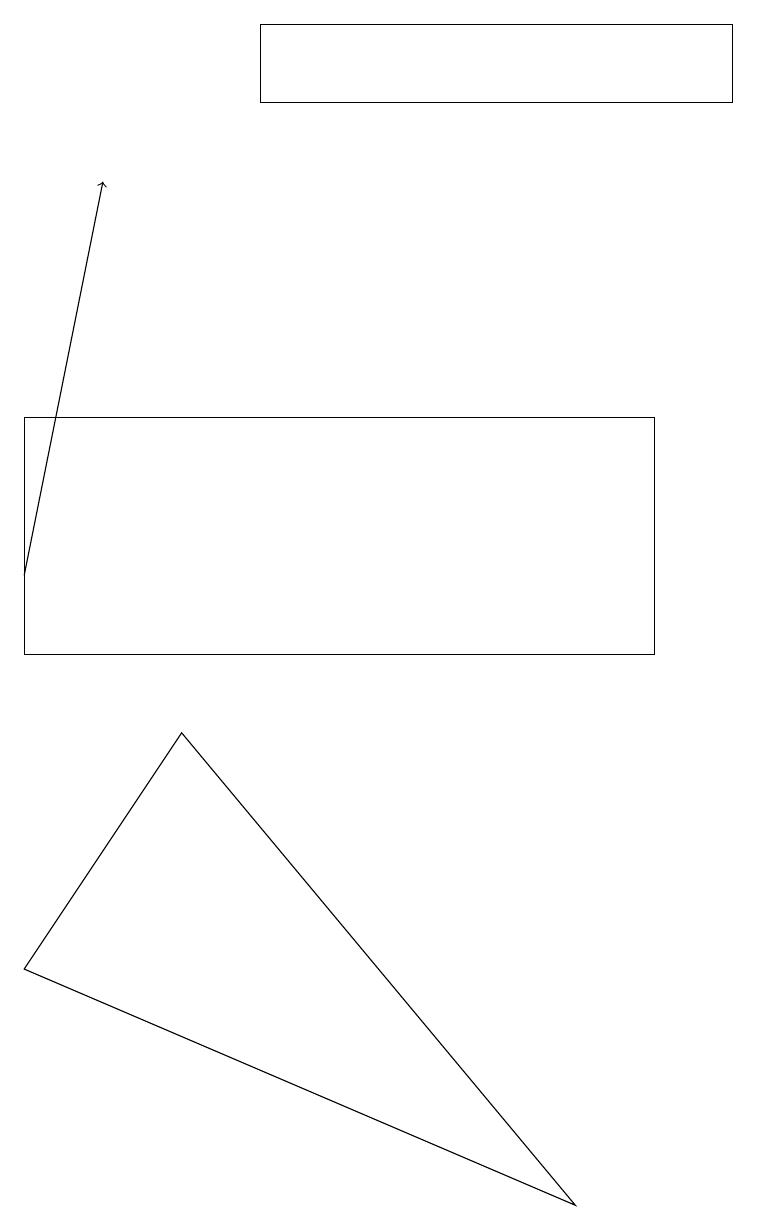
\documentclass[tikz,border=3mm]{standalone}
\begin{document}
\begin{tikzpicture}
\draw (3,17) rectangle (9,18);
\draw (2,9) -- (7,3) -- (0,6) -- cycle;
\draw (0,10) rectangle (8,13);
\draw[->] (0,11) -- (1,16);
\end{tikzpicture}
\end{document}